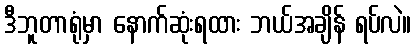
ဒီဘူတာရုံမှာ နောက်ဆုံးရထား ဘယ်အချိန် ရပ်လဲ။